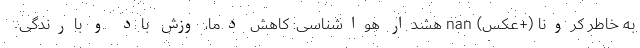
به خاطر کرونا (+عکس) nan هشدار هواشناسی: کاهش دما، وزش باد و بارندگی